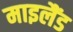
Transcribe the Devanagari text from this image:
माइलैंड